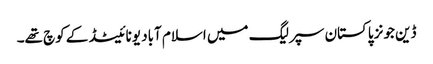
ڈین جونز پاکستان سپر لیگ میں اسلام آباد یونائیٹڈ کے کوچ تھے۔